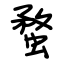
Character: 蝥